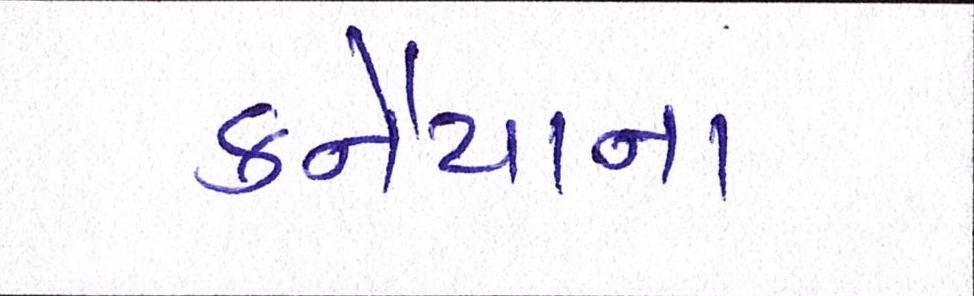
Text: કનૈયાના